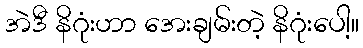
အဲဒီ နိဂုံးဟာ အေးချမ်းတဲ့ နိဂုံးပေါ့။